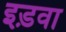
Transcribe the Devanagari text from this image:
इड़वा